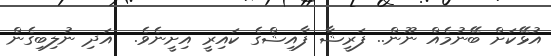
އުޅޭކަށް ބޭނުމެއް ނޫން.. ފަރީޝާ ފާއިޝްގެ ކައިރީ އިށީނެވެ.  އަދި ނުލިބިގެން